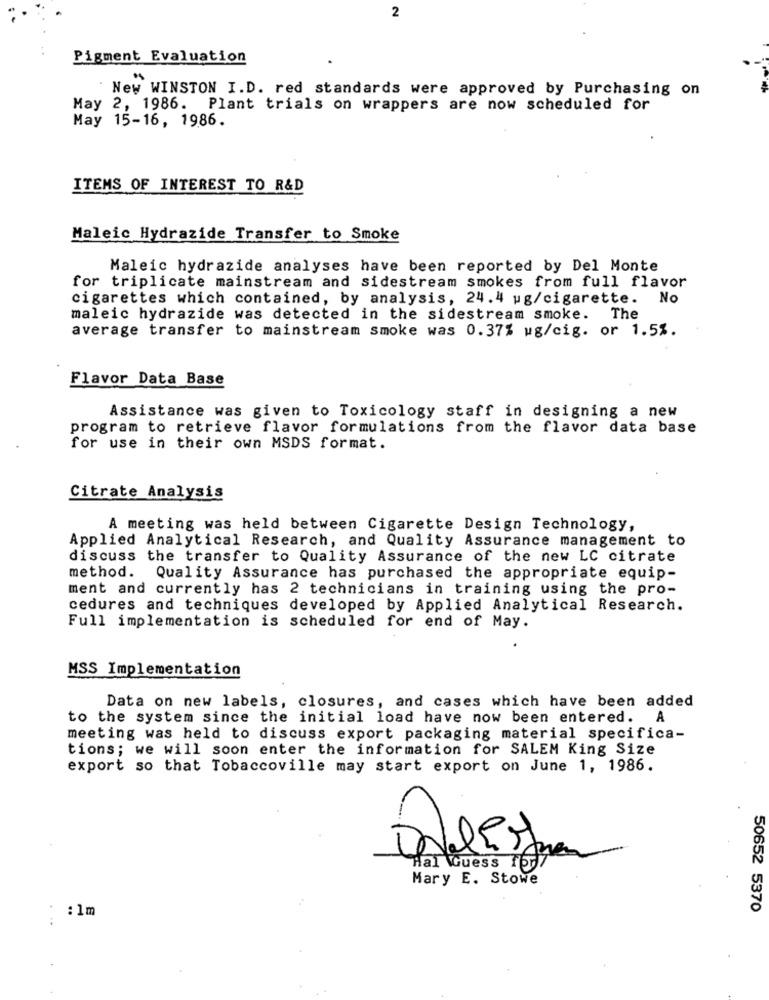
2
Pigment Evaluation
New WINSTON I.D. red standards were approved by Purchasing on
May 2, 1986. Plant trials on wrappers are now scheduled for
May 15-16, 1986.
ITEMS OF INTEREST TO R&D
Maleic Hydrazide Transfer to Smoke
Maleic hydrazide analyses have been reported by Del Monte
for triplicate mainstream and sidestream smokes from full flavor
cigarettes which contained, by analysis, 24.4 ug/cigarette. No
maleic hydrazide was detected in the sidestream smoke. The
average transfer to mainstream smoke was 0.37% ug/cig. or 1.5%.
Flavor Data Base
Assistance was given to Toxicology staff in designing a new
program to retrieve flavor formulations from the flavor data base
for use in their own MSDS format.
Citrate Analysis
A meeting was held between Cigarette Design Technology,
Applied Analytical Research, and Quality Assurance management to
discuss the transfer to Quality Assurance of the new LC citrate
method. Quality Assurance has purchased the appropriate equip-
ment and currently has 2 technicians in training using the pro-
cedures and techniques developed by Applied Analytical Research.
Full implementation is scheduled for end of May.
MSS Implementation
Data on new labels, closures, and cases which have been added
to the system since the initial load have now been entered. A
meeting was held to discuss export packaging material specifica-
tions; we will soon enter the information for SALEM King Size
export so that Tobaccoville may start export on June 1, 1986.
1-
Hal WGuess Tor7
Mary E. Stowe
: 1m
50652 5370